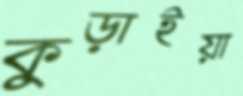
কুড়াইয়া